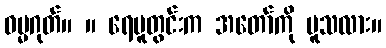
ဓမ္မဂုတ်။ ။ ရေပူတွင်းက အတော်ကို ပူသလား။